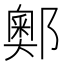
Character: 𨞓